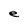
Character: e